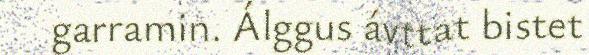
garramin. Álggus ávttat bistet